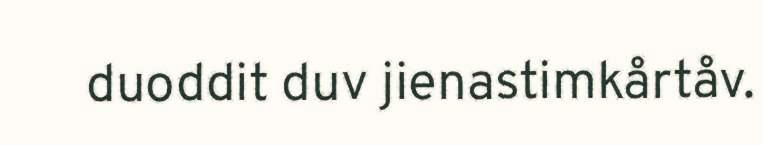
duoddit duv jienastimkårtåv.